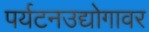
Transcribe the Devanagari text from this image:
पर्यटनउद्योगावर